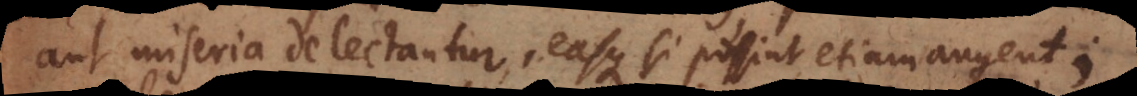
aut miseria delectantur, easque si possint etiam augent;